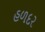
હળદર